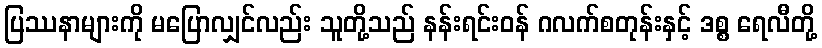
ပြဿနာများကို မပြောလျှင်လည်း သူတို့သည် နန်းရင်းဝန် ဂလက်စတုန်းနှင့် ဒစ္စ ရေလီတို့